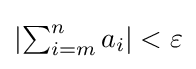
{\textstyle \left|\sum _{i=m}^{n}a_{i}\right|<\varepsilon }